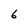
Character: 6